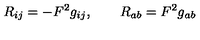
R _ { i j } = - F ^ { 2 } g _ { i j } , \qquad R _ { a b } = F ^ { 2 } g _ { a b }